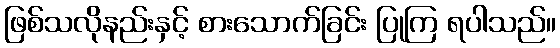
ဖြစ်သလိုနည်းနှင့် စားသောက်ခြင်း ပြုကြ ရပါသည်။